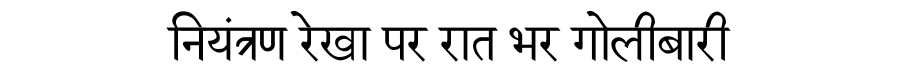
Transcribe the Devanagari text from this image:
नियंत्रण रेखा पर रात भर गोलीबारी